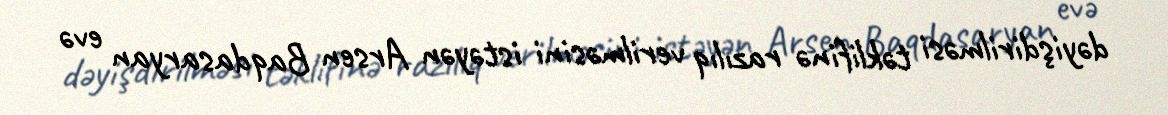
dəyişdirilməsi təklifinə razılıq verilməsini istəyən Arsen Baqdasaryan evə